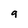
Character: 9